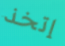
إتخذ